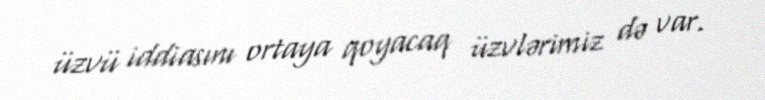
üzvü iddiasını ortaya qoyacaq üzvlərimiz də var.